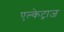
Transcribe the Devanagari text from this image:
एल्केट्राज़